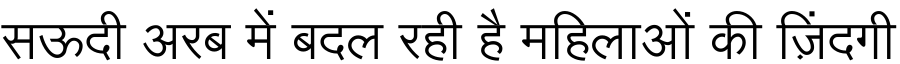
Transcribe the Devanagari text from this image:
सऊदी अरब में बदल रही है महिलाओं की ज़िंदगी